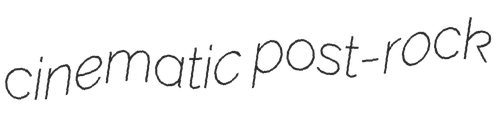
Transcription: cinematic post-rock